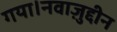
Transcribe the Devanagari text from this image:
गया।नवाज़ुद्दीन